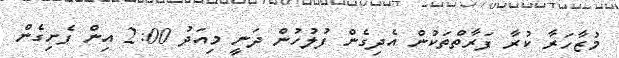
މުޒާހަރާ ކުރާ ފަރާތްތަކުން އެދިގެން ފުލުހުން ދަނީ މިއަދު 2:00 އިން ފެށިގެން